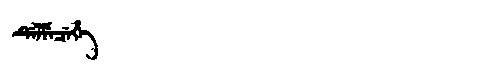
Manchu: ᡩᡝᠯᠮᡝᠴᡝᡥᡝ
Romanization: DELMECEHE